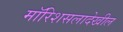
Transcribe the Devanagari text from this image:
मॉरिशसलादेखील